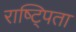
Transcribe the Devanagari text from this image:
राष्ट्पिता